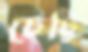
চেট্টি